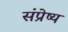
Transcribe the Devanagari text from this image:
संप्रेष्य